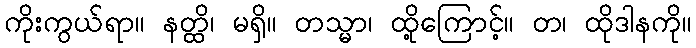
ကိုးကွယ်ရာ။ နတ္ထိ၊ မရှိ။ တသ္မာ၊ ထို့ကြောင့်။ တ၊ ထိုဒါနကို။